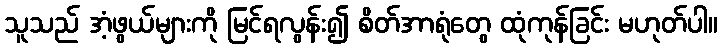
သူသည် အံ့ဖွယ်များကို မြင်ရလွန်း၍ စိတ်အာရုံတွေ ထုံကုန်ခြင်း မဟုတ်ပါ။